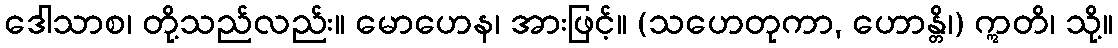
ဒေါသာစ၊ တို့သည်လည်း။ မောဟေန၊ အားဖြင့်။ (သဟေတုကာ, ဟောန္တိ၊) ဣတိ၊ သို့။